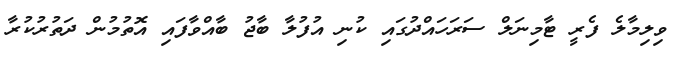
ވިލިމާލެ ފެރީ ޓާމިނަލް ސަރަހައްދުގައި ކުނި އުފުލާ ބާޖު ބާއްވާފައި އޮތުމުން ދަތުރުކުރާ